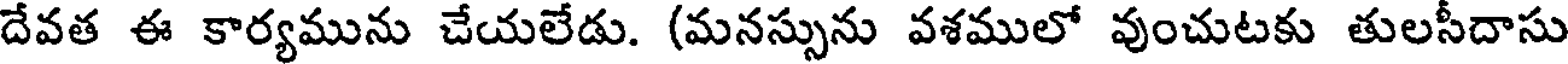
దేవత ఈ కార్యమును చేయలేడు. (మనస్సును వశములో వుంచుటకు తులసీదాసు